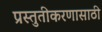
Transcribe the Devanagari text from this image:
प्रस्तुतीकरणासाठी